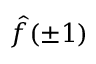
\hat { f } ( \pm 1 )